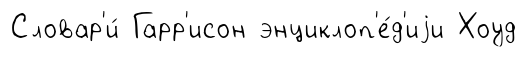
Словар'и́ Гарр'исон энциклоп'е́д'иjи Хоуд